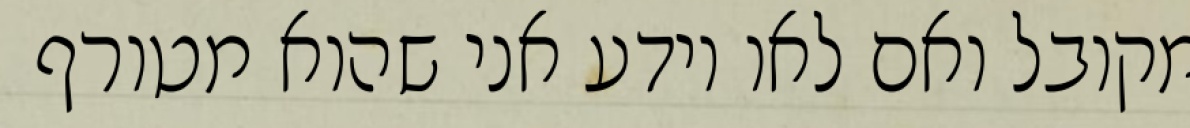
מקובל ואם לאו יודע אני שהוא מטורף